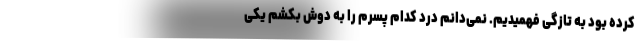
کرده بود به تازگی فهمیدیم. نمی‌دانم درد کدام پسرم را به دوش بکشم یکی